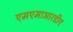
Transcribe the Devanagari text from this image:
एमएमाआरडीए